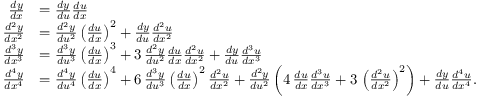
{ \begin{array} { r l } { { \frac { d y } { d x } } } & { = { \frac { d y } { d u } } { \frac { d u } { d x } } } \\ { { \frac { d ^ { 2 } y } { d x ^ { 2 } } } } & { = { \frac { d ^ { 2 } y } { d u ^ { 2 } } } \left( { \frac { d u } { d x } } \right) ^ { 2 } + { \frac { d y } { d u } } { \frac { d ^ { 2 } u } { d x ^ { 2 } } } } \\ { { \frac { d ^ { 3 } y } { d x ^ { 3 } } } } & { = { \frac { d ^ { 3 } y } { d u ^ { 3 } } } \left( { \frac { d u } { d x } } \right) ^ { 3 } + 3 \, { \frac { d ^ { 2 } y } { d u ^ { 2 } } } { \frac { d u } { d x } } { \frac { d ^ { 2 } u } { d x ^ { 2 } } } + { \frac { d y } { d u } } { \frac { d ^ { 3 } u } { d x ^ { 3 } } } } \\ { { \frac { d ^ { 4 } y } { d x ^ { 4 } } } } & { = { \frac { d ^ { 4 } y } { d u ^ { 4 } } } \left( { \frac { d u } { d x } } \right) ^ { 4 } + 6 \, { \frac { d ^ { 3 } y } { d u ^ { 3 } } } \left( { \frac { d u } { d x } } \right) ^ { 2 } { \frac { d ^ { 2 } u } { d x ^ { 2 } } } + { \frac { d ^ { 2 } y } { d u ^ { 2 } } } \left( 4 \, { \frac { d u } { d x } } { \frac { d ^ { 3 } u } { d x ^ { 3 } } } + 3 \, \left( { \frac { d ^ { 2 } u } { d x ^ { 2 } } } \right) ^ { 2 } \right) + { \frac { d y } { d u } } { \frac { d ^ { 4 } u } { d x ^ { 4 } } } . } \end{array} }